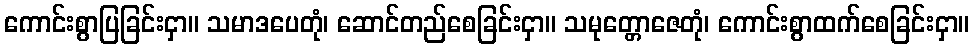
ကောင်းစွာပြခြင်းငှာ။ သမာဒပေတုံ၊ ဆောင်တည်စေခြင်းငှာ။ သမုတ္တောဇေတုံ၊ ကောင်းစွာထက်စေခြင်းငှာ။